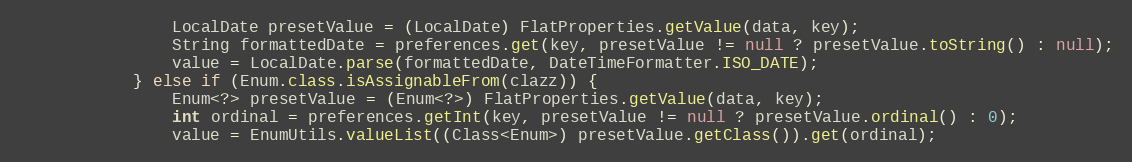
Language: Java
				LocalDate presetValue = (LocalDate) FlatProperties.getValue(data, key);
				String formattedDate = preferences.get(key, presetValue != null ? presetValue.toString() : null);
				value = LocalDate.parse(formattedDate, DateTimeFormatter.ISO_DATE);
			} else if (Enum.class.isAssignableFrom(clazz)) {
				Enum<?> presetValue = (Enum<?>) FlatProperties.getValue(data, key);
				int ordinal = preferences.getInt(key, presetValue != null ? presetValue.ordinal() : 0);
				value = EnumUtils.valueList((Class<Enum>) presetValue.getClass()).get(ordinal);